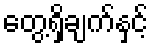
တွေ့ရှိချက်နှင့်